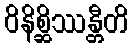
ဝိနိစ္ဆိဿန္တီတိ